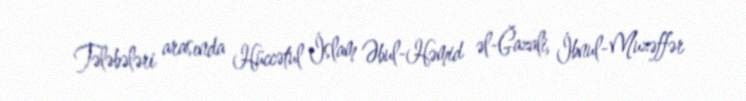
Tələbələri arasında Hüccətul İslam Əbul-Həmid əl-Ğazali, İbnul-Muzəffər